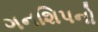
ગનશિપનો